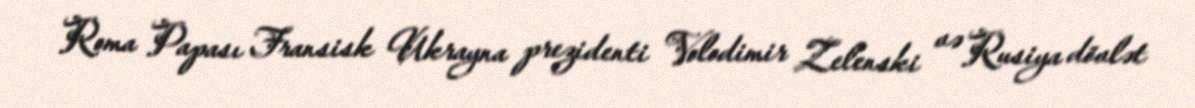
Roma Papası Fransisk Ukrayna prezidenti Volodimir Zelenski və Rusiya dövlət